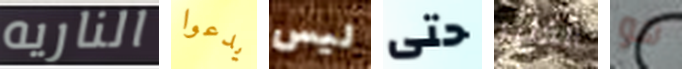
الناريه يدعوا ليس حتى الكثير هو